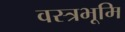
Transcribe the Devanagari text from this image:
वस्त्रभूमि